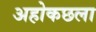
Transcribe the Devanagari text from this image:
अहोकछला